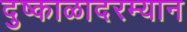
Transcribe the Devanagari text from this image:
दुष्काळादरम्यान